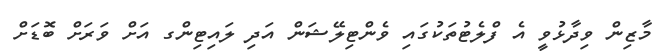
މާޒިން ވިދާޅުވީ އެ ފްލެޓުތަކުގައި ވެންޓިލޭޝަން އަދި ލައިޓިންގ އަށް ވަރަށް ބޮޑަށް